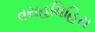
વરાહમિહિરા